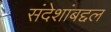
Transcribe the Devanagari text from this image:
संदेशांबद्दल